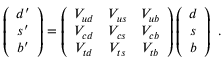
\left( \begin{array} { c } { { d ^ { \prime } } } \\ { { s ^ { \prime } } } \\ { { b ^ { \prime } } } \end{array} \right) = \left( \begin{array} { c c c } { { V _ { u d } } } & { { V _ { u s } } } & { { V _ { u b } } } \\ { { V _ { c d } } } & { { V _ { c s } } } & { { V _ { c b } } } \\ { { V _ { t d } } } & { { V _ { t s } } } & { { V _ { t b } } } \end{array} \right) \left( \begin{array} { c } { { d } } \\ { { s } } \\ { { b } } \end{array} \right) ~ .